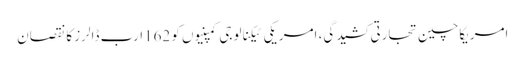
امریکاچین تجارتی کشیدگی، امریکی ٹیکنالوجی کمپنیوں کو 162ارب ڈالرز کا نقصان